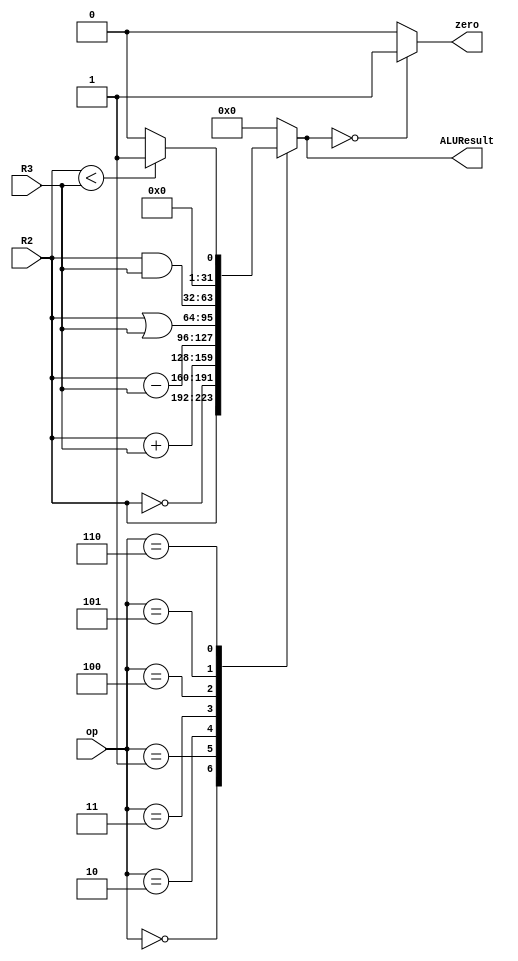
`timescale 1ns / 1ps
//////////////////////////////////////////////////////////////////////////////////
// Company: 
// Engineer: 
// 
// Design Name: 
// Module Name:    alu 
// Project Name: 
// Target Devices: 
// Tool versions: 
// Description: 
//
// Dependencies: 
//
// Revision: 
// Revision 0.01 - File Created
// Additional Comments: 
//
//////////////////////////////////////////////////////////////////////////////////
module alu(ALUResult, zero, R2, R3, op);

input[31:0] R2, R3;
input[2:0] op;
output reg [31:0] ALUResult;
output reg zero;

always @(op,R2,R3) 
	begin
		case (op)
		3'b000: ALUResult = R2; //mov
		3'b001: ALUResult = ~R2; //not
		3'b010: ALUResult = (R2+R3); //add
		3'b011: ALUResult = (R2-R3); //sub
		3'b100: ALUResult = (R2 | R3); //or
		3'b101: ALUResult = (R2 & R3); //and
		3'b110: ALUResult = (R2 < R3) ? 1:0; //slt
		default: ALUResult = 32'b0;
	endcase

		if (ALUResult == 32'b0)
			begin
			zero = 1'b1;
			end
		else
			begin
			zero = 1'b0;
			end
	
end

endmodule